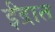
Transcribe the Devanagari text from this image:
ईंद्रात